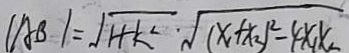
\vert A B \vert = \sqrt { 1 + k ^ { 2 } } \cdot \sqrt { ( x _ { 1 } + x _ { 2 } ) ^ { 2 } - 4 x _ { 1 } x _ { 2 } }